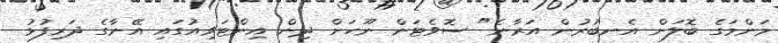
މަންމަގެ ބޮލަށް އެނބުރުން އަރާނެ" ސޮވެޓަން ނޫހަށް ދިން އިންޓަވިއުގައި އޭނާގެ ދަރިފުޅު